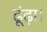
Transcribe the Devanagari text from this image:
ढूंढ़ा।